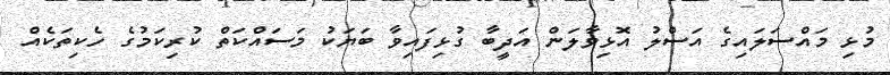
މުޅި މައްސަލައިގެ އަސްލު އޮޅިވާލަން އަދީބާ ގުޅިފައިވާ ބަޔަކު މަސައްކަތް ކުރިކަމުގެ ހެކިތަކެއް